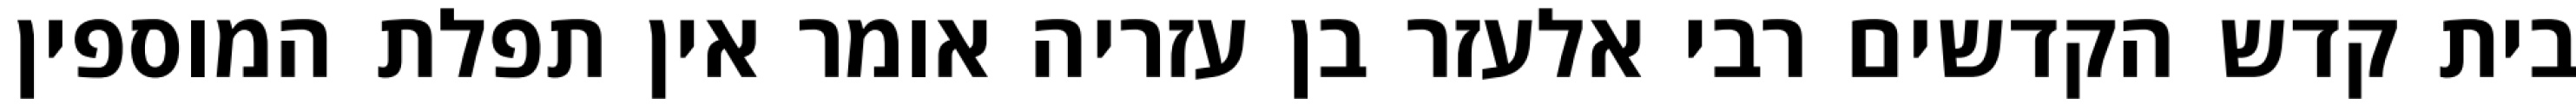
בית קדש הקדשים רבי אלעזר בן עזריה אומר אין תפלת המוספין